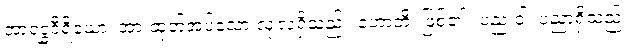
အာရဒ္ဓဝီရိယော၊ အားထုတ်အပ်သော လုံ့လရှိသည်။ ဟောတိ၊ ဖြစ်၏။ ပည ဝါ၊ ပညာရှိသည်။